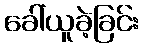
ခေါ်ယူခဲ့ခြင်း